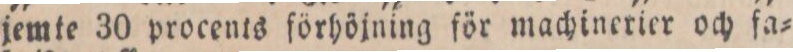
jemte 30 procents förhöjning för machinerier och fa=